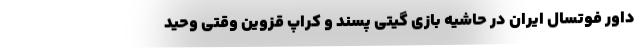
داور فوتسال ایران در حاشیه بازی گیتی پسند و کراپ قزوین وقتی وحید